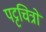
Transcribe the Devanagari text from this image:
पट्टचित्रों